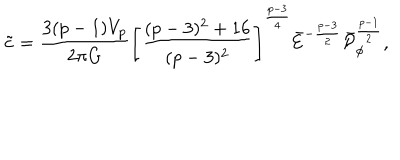
\tilde { c } = { \frac { 3 ( p - 1 ) V _ { p } } { 2 \pi G } } \left[ { \frac { ( p - 3 ) ^ { 2 } + 1 6 } { ( p - 3 ) ^ { 2 } } } \right] ^ { \frac { p - 3 } { 4 } } \bar { \cal E } ^ { - { \frac { p - 3 } { 2 } } } \bar { \cal P } _ { \phi } ^ { \frac { p - 1 } { 2 } } ,